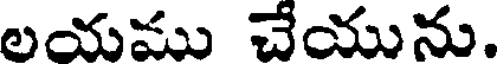
లయము చేయును.